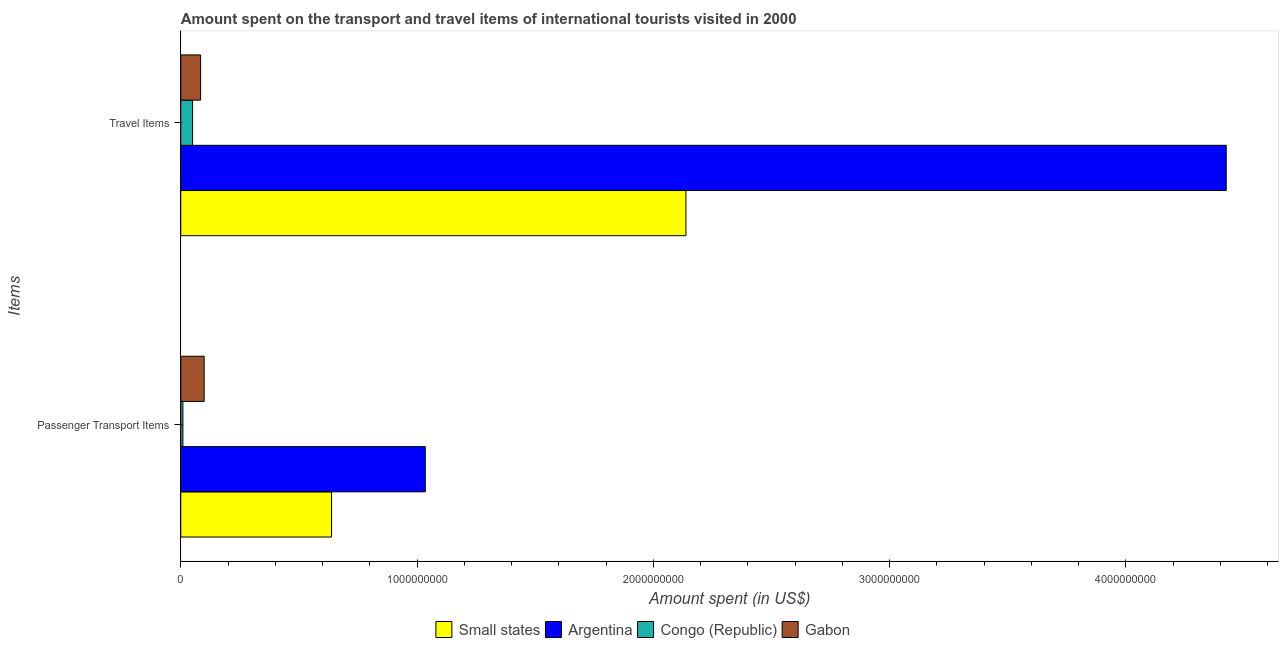
| Items | Small states | Argentina | Congo (Republic) | Gabon |
 | --- | --- | --- | --- | --- |
 | Passenger Transport Items | 6.38e+08 | 1.04e+09 | 9e+06 | 9.9e+07 |
 | Travel Items | 2.14e+09 | 4.42e+09 | 5e+07 | 8.4e+07 |